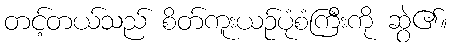
တင့်တယ်သည် စိတ်ကူးယဉ်ပုံစံကြီးကို ဆွဲ၏။